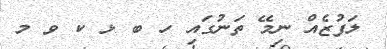
ލަފުޒެއް ނިމޭ ތަނުގައި ހ ބ ޅ ކ ވ މ